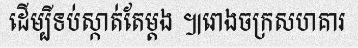
ដើម្បីទប់ស្កាត់តែម្តង ៕រោងចក្រសហគារ